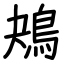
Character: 鴂